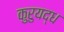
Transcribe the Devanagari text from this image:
कुरुयद्ध